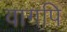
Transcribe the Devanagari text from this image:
वागपि